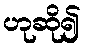
ဟုဆို၍